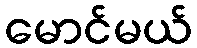
မောင်မယ်